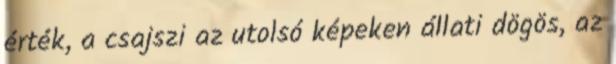
érték, a csajszi az utolsó képeken állati dögös, az